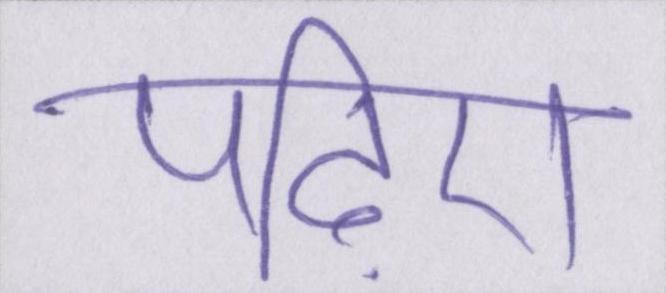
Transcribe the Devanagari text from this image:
पढ़िए